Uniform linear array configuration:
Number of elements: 8
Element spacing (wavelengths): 0.75
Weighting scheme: hann
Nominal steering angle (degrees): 45
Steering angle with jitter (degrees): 44.763
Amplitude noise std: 0.05
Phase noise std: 0.05

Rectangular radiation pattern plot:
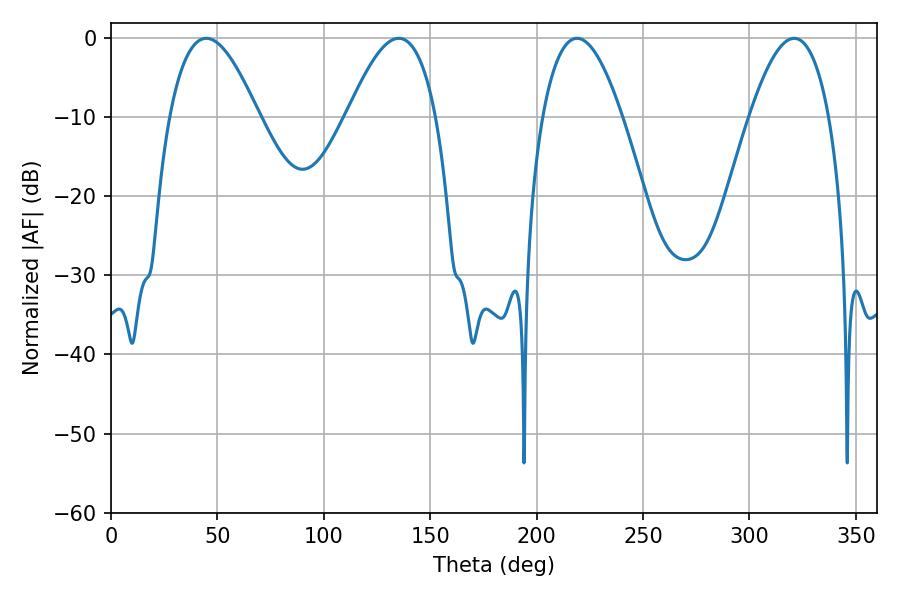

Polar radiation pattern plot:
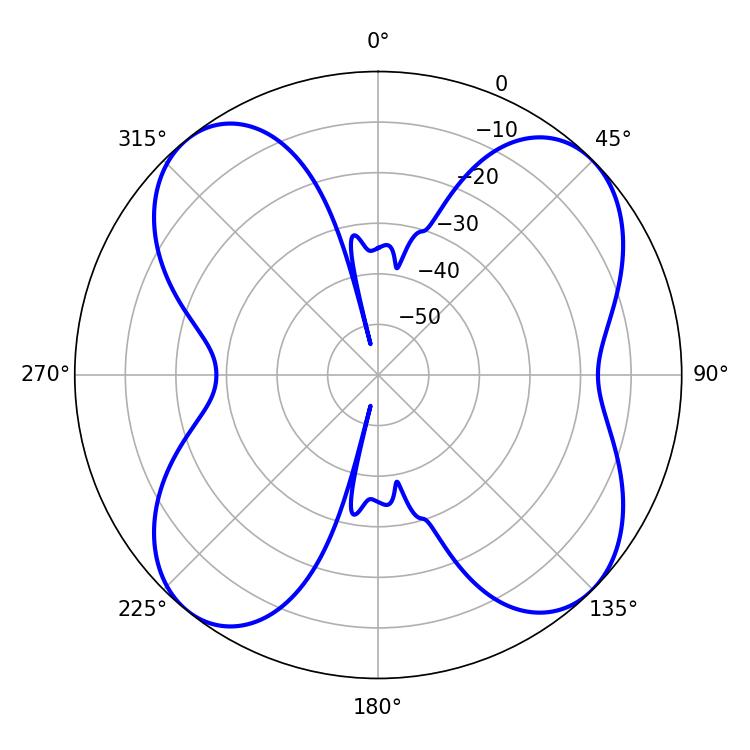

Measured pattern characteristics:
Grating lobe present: TRUE
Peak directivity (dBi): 11.619
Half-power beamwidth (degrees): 22.68
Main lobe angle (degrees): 44.82